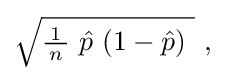
{\textstyle {\sqrt {{\tfrac {\!\ 1\!\ }{n}}\ {\hat {p}}\ (1-{\hat {p}})~}}\ ,}